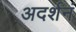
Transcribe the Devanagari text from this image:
अदर्शनं